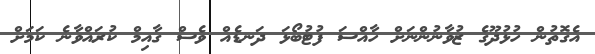
އެގޮތުން ހުޅުދޫގެ ޒުވާނުންނަށް ހާއްސަ ފުޓުބޯޅަ ދަނޑެއް ވެސް ގާއިމް ކުރައްވާނެ ކަމަށް